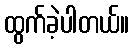
ထွက်ခဲ့ပါတယ်။